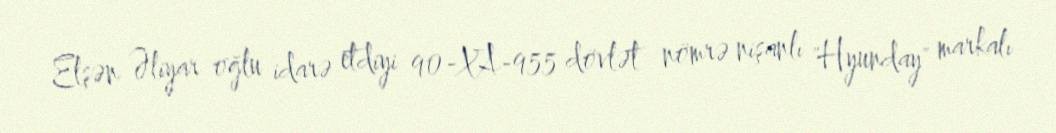
Elşən Əliyar oğlu idarə etdiyi 90-XA-955 dövlət nömrə nişanlı "Hyunday" markalı